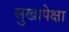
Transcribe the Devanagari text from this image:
सुखापेक्षा